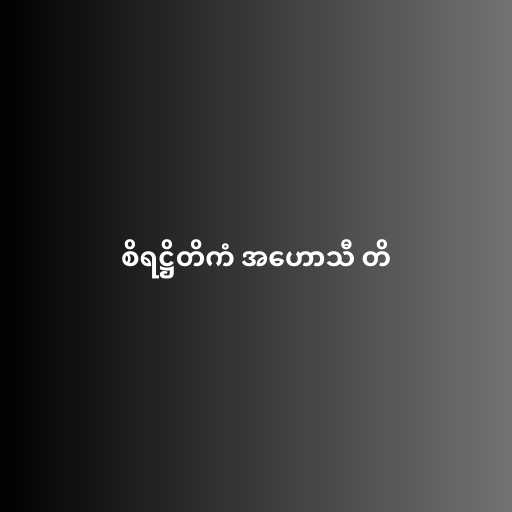
စိရဋ္ဌိတိကံ အဟောသီ တိ